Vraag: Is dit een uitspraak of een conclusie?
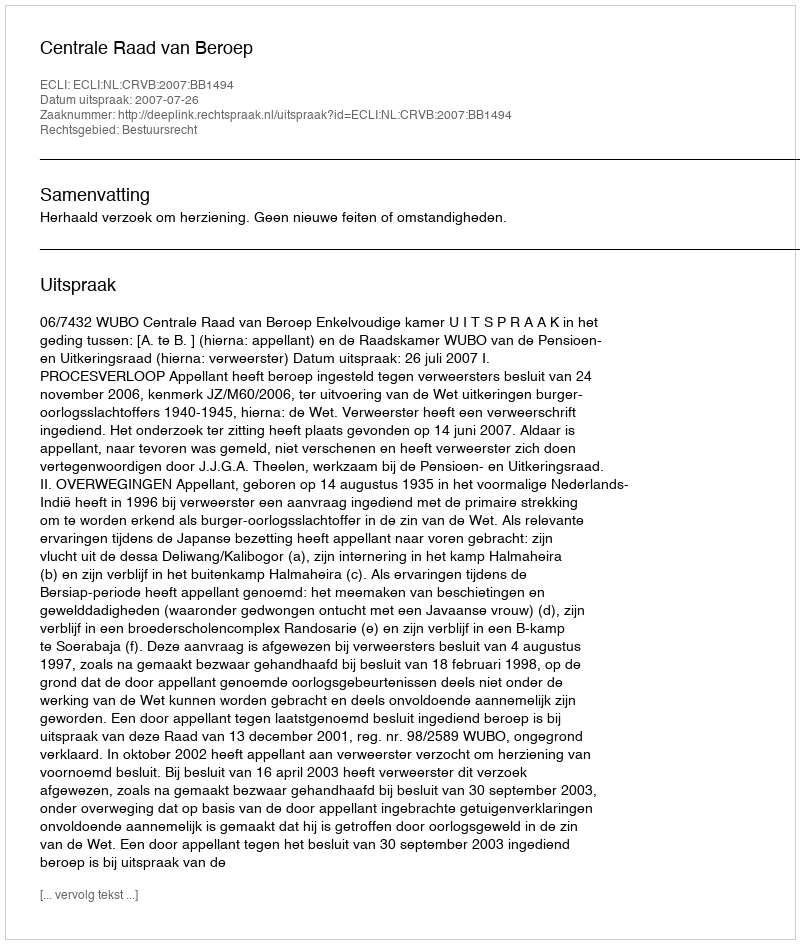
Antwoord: Uitspraak